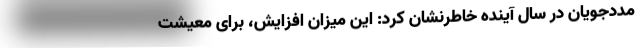
مددجویان در سال آینده خاطرنشان کرد: این میزان افزایش، برای معیشت